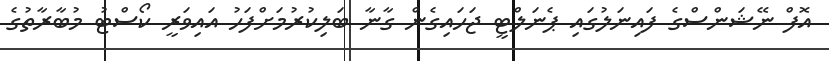
އޮފް ނޭޝަންސްގެ ފައިނަލުގައި ޕެނަލްޓީ ޖަހައިގެން ގާނާ ބަލިކުރުމަށްފަހު އައިވަރީ ކޯސްޓު މުބާރާތުގެ